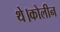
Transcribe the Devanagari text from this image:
थे।कोलीन